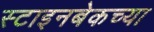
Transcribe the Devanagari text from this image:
स्टाइनबेकच्या